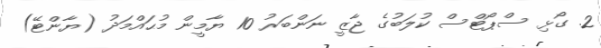
2. ގޯޅި ސްޕޯޓްސް ކުލަބުގެ ޖާޒީ ނަންބަރު 10 ޔާމީން މުޙައްމަދު (ޔާންޓޭ)